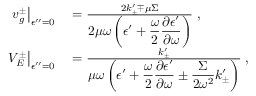
\begin{array} { r l } { \left. v _ { g } ^ { \pm } \right| _ { \epsilon ^ { \prime \prime } = 0 } } & { { } = \frac { 2 k _ { \pm } ^ { \prime } \mp \mu \Sigma } { \displaystyle { 2 \mu \omega } \left( \epsilon ^ { \prime } + \frac { \omega } { 2 } \frac { \partial \epsilon ^ { \prime } } { \partial \omega } \right) } \; , } \\ { \left. V _ { E } ^ { \pm } \right| _ { \epsilon ^ { \prime \prime } = 0 } } & { { } = \frac { k _ { \pm } ^ { \prime } } { \displaystyle \mu \omega \left( \epsilon ^ { \prime } + \frac { \omega } { 2 } \frac { \partial \epsilon ^ { \prime } } { \partial \omega } \pm \frac { \Sigma } { 2 \omega ^ { 2 } } k _ { \pm } ^ { \prime } \right) } \; , } \end{array}